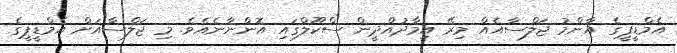
އެމްޑީޕީގެ އާންމު ޖަލްސާއެއް މިރޭ އިމާދުއްދީން ސްކޫލްގައި އޮންނާނެއެވެ. މި ޖަލްސާއަށް އެމްޑީޕީގެ